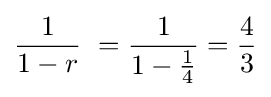
{\frac {1}{1-r}}\ ={\frac {1}{1-{\frac {1}{4}}}}={\frac {4}{3}}